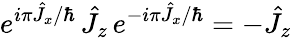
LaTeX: e^{i\pi\hat{J}_{x}/\hbar}\, \hat{J}_{z}\, e^{-i\pi\hat{J}_{x}/\hbar}=-\hat{J}_{z}